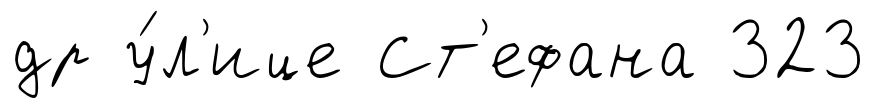
др у́л'ице Ст'ефана 323